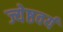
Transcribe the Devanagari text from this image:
ज्येष्ठवर्य